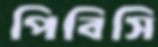
পিবিসি